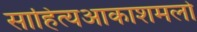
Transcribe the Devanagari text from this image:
साहित्‍यआकाशमलो